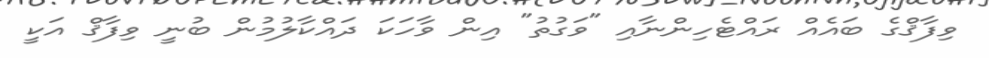
ވިފާޤްގެ ބައެއް ރައްޓެހިންނާއި "ވަގުތު" އިން ވާހަކަ ދައްކާލުމުން ބުނީ ވިފާޤް އަކީ